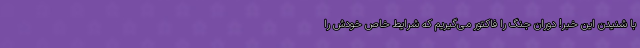
با شنیدن این خبر! دوران جنگ را فاکتور می‌گیریم که شرایط خاص خودش را